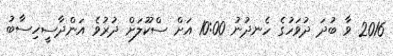
2016 ވާ ބުދަ ދުވަހުގެ ހެނދުނު 10:00 އަށް ސްކޫލަށް ދުރުވެ އަންދާސީހިސާބު